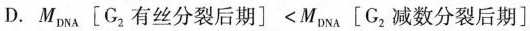
D.$$M _ { D N A } \left [ G _ { 2 } 有 丝 分 裂 后 期 \right ] < M _ { D N A } \left [ G _ { 2 } 减 数 分 裂 后 期 \right ]$$